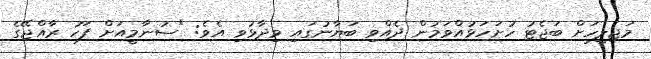
މަޖިލީހަށް ބަޖެޓު ހުށަހަޅުއްވަމުން ދެއްވި ބަޔާނުގައި ވިދާޅުވި އެވެ: "ސުނާމީއަށް ފަހު ރާއްޖޭގެ